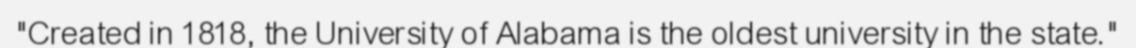
"Created in 1818, the University of Alabama is the oldest university in the state."